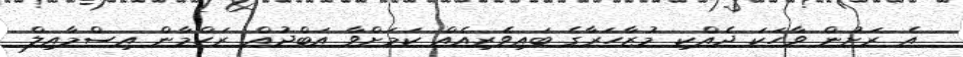
އެ ރަށުން ވާހަކަ ދެއްކި މުޒާހަރާގެ ބައިވެރިއެއް ކަމަށްވާ އަބްދުއް ރަހްމާން އިސްމާއިލް